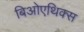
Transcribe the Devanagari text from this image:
बिओएथिक्स